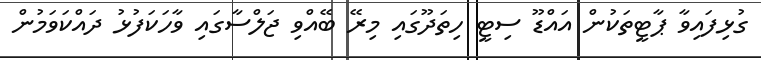
ގުޅިފައިވާ ޕާޓީތަކުން އައްޑޫ ސިޓީ ހިތަދޫގައި މިރޭ ބޭއްވި ޖަލްސާގައި ވާހަކަފުޅު ދައްކަވަމުން